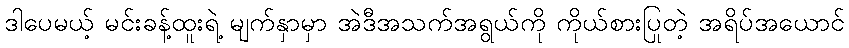
ဒါပေမယ့် မင်းခန့်ထူးရဲ့ မျက်နှာမှာ အဲဒီအသက်အရွယ်ကို ကိုယ်စားပြုတဲ့ အရိပ်အယောင်